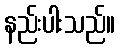
နည်းပါးသည်။